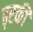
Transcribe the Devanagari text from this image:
ढ़रकी